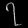
Digit: ၇